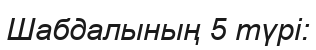
Шабдалының 5 түрі: